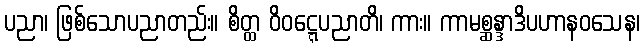
ပညာ၊ ဖြစ်သောပညာတည်း။ စိတ္ထ ဝိဝဋ္ဋေပညာတိ၊ ကား။ ကာမစ္ဆန္ဒာဒိပဟာနဝသေန၊